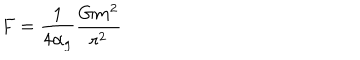
F = \frac { 1 } { 4 \alpha _ { g } } \frac { G m ^ { 2 } } { r ^ { 2 } }